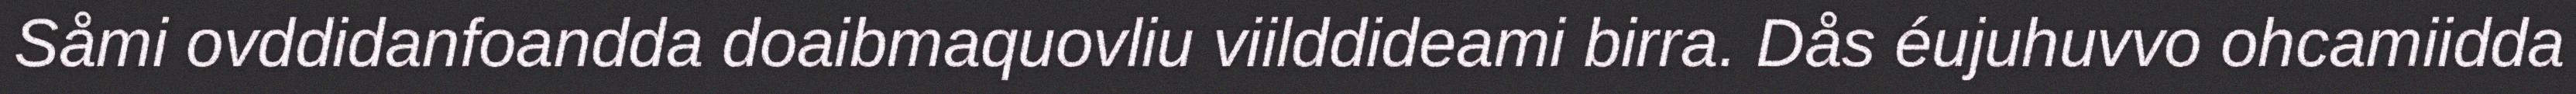
Såmi ovddidanfoandda doaibmaquovliu viilddideami birra. Dås éujuhuvvo ohcamiidda